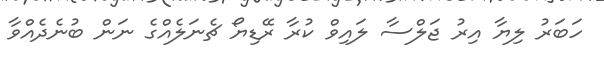
ހަބަރު ލިޔާ އިރު ޖަލްސާ ލައިވް ކުރާ ރޭޑިޔޯ ޗެނަލެއްގެ ނަން ބުނެދެއްވާ